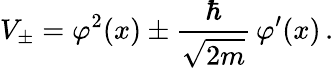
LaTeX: V_{\pm}=\varphi^{2}(x)\pm\frac{\hbar}{\sqrt{2m}}\, \varphi^{\prime}(x)\, .